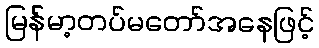
မြန်မာ့တပ်မတော်အနေဖြင့်